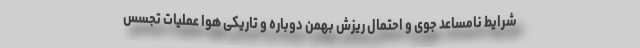
شرایط نامساعد جوی و احتمال ریزش بهمن دوباره و تاریکی هوا عملیات تجسس